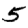
Digit: 5